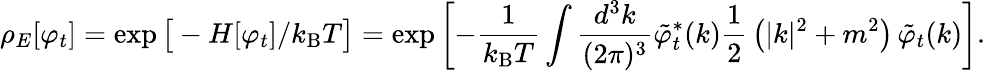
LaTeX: \rho_{E}[\varphi_{t}]=\exp{\big[}-H[\varphi_{t}]/k_{\mathrm{B}}T{\big]}=\exp{\left[-{\frac{1}{k_{\mathrm{B}}T}}\int{\frac{d^{3}k}{(2\pi)^{3}}}{\tilde{\varphi}}_{t}^{*}(k){\frac{1}{2}}\left(|k|^{2}+m^{2}\right)\, {\tilde{\varphi}}_{t}(k)\right]}.